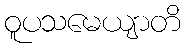
ဝူပသမေယျာတိ